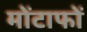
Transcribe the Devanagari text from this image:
मोंटाफों